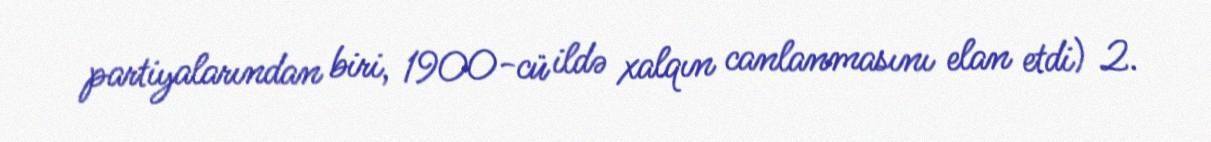
partiyalarından biri, 1900-cü ildə xalqın canlanmasını elan etdi) 2.